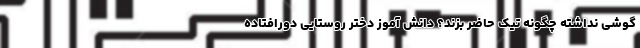
گوشی نداشته چگونه تیک حاضر بزند؟ دانش آموز دختر روستایی دورافتاده